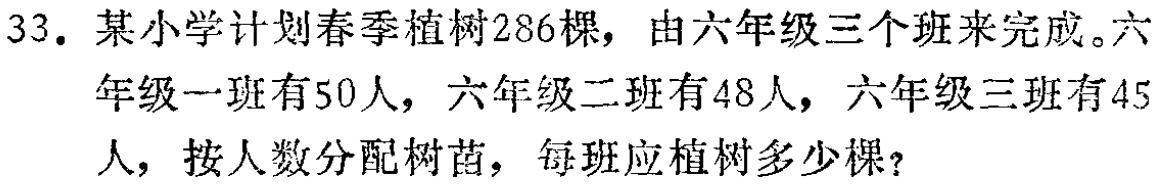
33. 某小学计划春季植树286棵，由六年级三个班来完成。六年级一班有50人，六年级二班有48人，六年级三班有45人，按人数分配树苗，每班应植树多少棵？